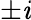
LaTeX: \pm\mathit{i}